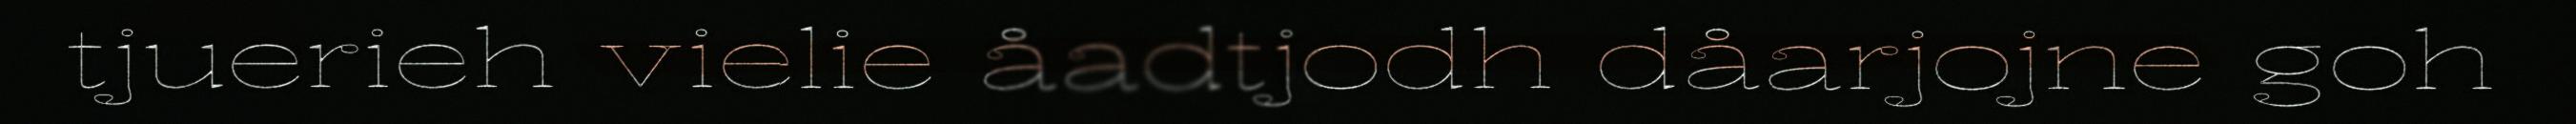
tjuerieh vielie åadtjodh dåarjojne goh